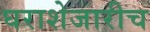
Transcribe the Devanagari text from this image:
घराशेजारीच